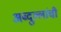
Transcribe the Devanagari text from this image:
अब्दुल्लांची